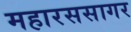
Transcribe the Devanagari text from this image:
महारससागर